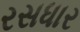
રસધાર